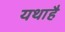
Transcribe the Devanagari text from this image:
यथाहै